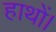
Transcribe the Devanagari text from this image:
हाथों।